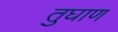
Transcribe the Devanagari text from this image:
तुघाण